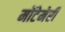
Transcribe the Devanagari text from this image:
मोंटेमेरी